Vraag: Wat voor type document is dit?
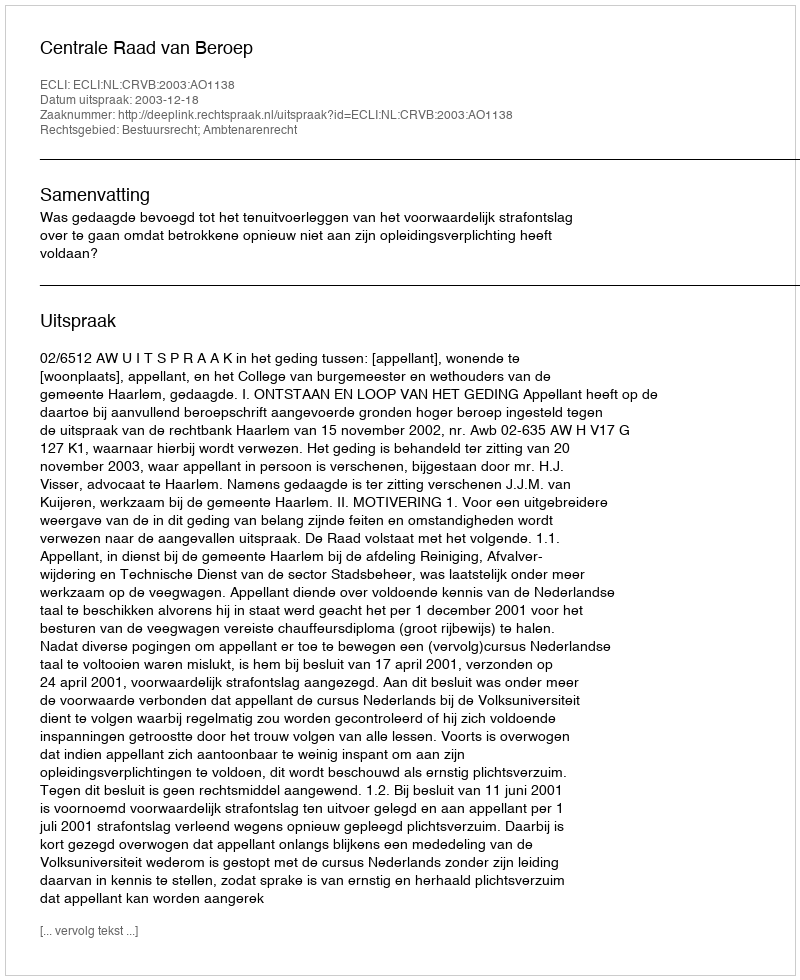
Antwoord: Uitspraak